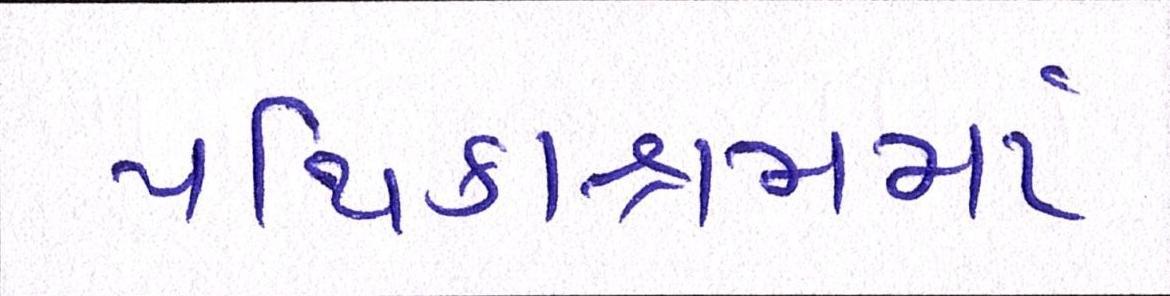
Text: પથિકાશ્રમમાં